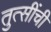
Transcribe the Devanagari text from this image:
तुत्‍सींची